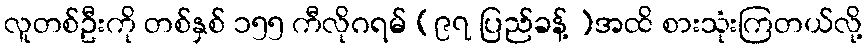
လူတစ်ဦးကို တစ်နှစ် ၁၅၅ ကီလိုဂရမ် (၉၇ ပြည်ခန့် )အထိ စားသုံးကြတယ်လို့